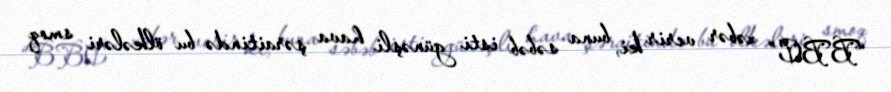
“BBC” xəbər verir ki, buna səbəb isti günəşli hava şəraitində bu ölkələri smoq